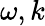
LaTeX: \omega,k